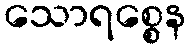
သောရစ္စေန